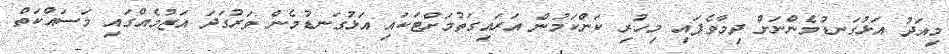
މިއަދު އަޅުގަނޑުމެންނަށް ދިމާވެފައި މިހުރި ކަންކަމުން އަރައިގަތުމަށްޓަކައި އަޅުގަނޑުމެން ވަރުގަދަ އަޒުމެއްގައި މަސައްކަތް